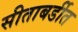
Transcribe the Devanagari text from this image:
सीताबर्डीत